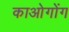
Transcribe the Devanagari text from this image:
काओगोंग